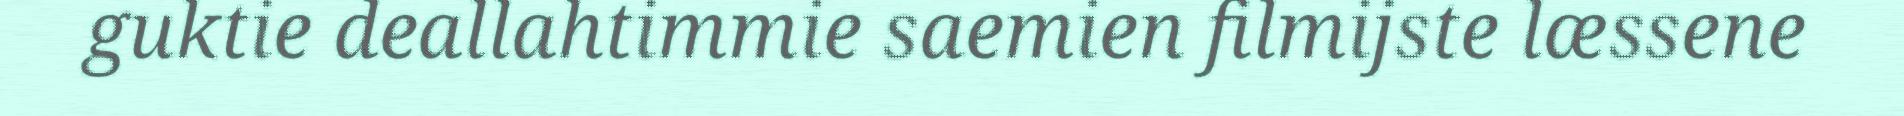
guktie deallahtimmie saemien filmijste læssene